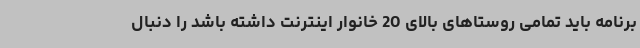
برنامه باید تمامی روستاهای بالای 20 خانوار اینترنت داشته باشد را دنبال